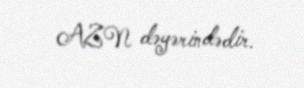
AZN dəyərindədir.